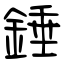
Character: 錘